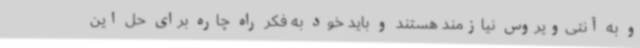
و به آنتی‌ویروس نیازمند هستند و باید خود به فکر راه چاره برای حل این